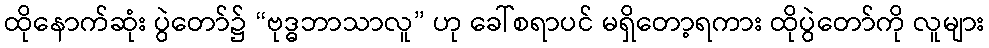
ထိုနောက်ဆုံး ပွဲတော်၌ “ဗုဒ္ဓဘာသာလူ” ဟု ခေါ်စရာပင် မရှိတော့ရကား ထိုပွဲတော်ကို လူများ